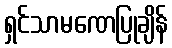
ရှင်သာမဏေပြုချိန်